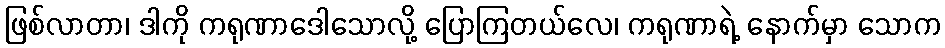
ဖြစ်လာတာ၊ ဒါကို ကရုဏာဒေါသောလို့ ပြောကြတယ်လေ၊ ကရုဏာရဲ့ နောက်မှာ သောက